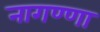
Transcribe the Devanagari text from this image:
नागण्णा